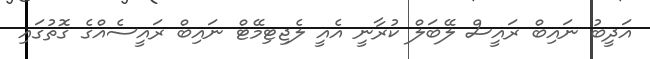
އަދީބު ނައިބް ރައީސް ލޭބަލް ކުރާނީ އެއީ ލެޖިޓިމޭޓް ނައިބް ރައީސެއްގެ ގޮތުގައި